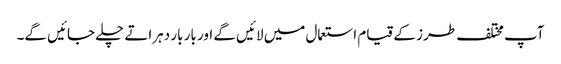
آپ مختلف طرز کے قیام استعمال میں لائیں گے اور بار بار دہراتے چلے جائیں گے۔